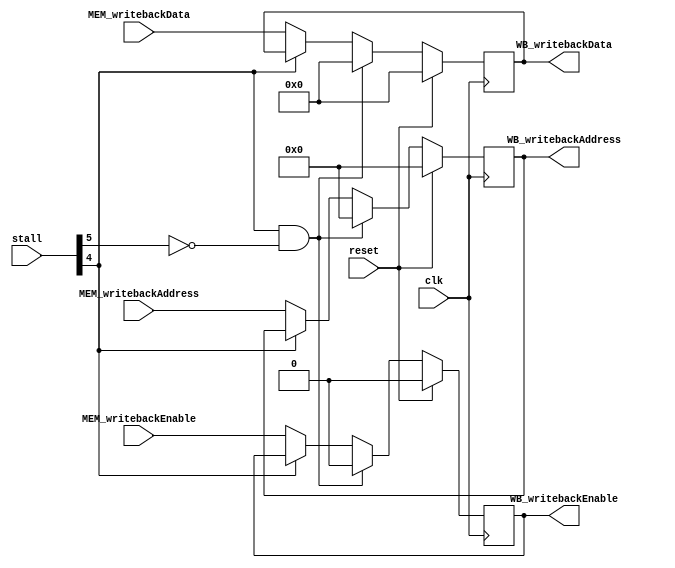
/*
    The register between MEM stage and WB stage
*/
module MEM_WB (
    // ------ Input ------
    input wire reset,
    input wire clk,
    input wire MEM_writebackEnable,         // write back signal
    input wire[4:0] MEM_writebackAddress,   // write back address
    input wire[31:0] MEM_writebackData,     // write back data
    input wire[5:0] stall,                  // stall status
    // ------ Output ------
    output reg WB_writebackEnable,          // write back signal 
    output reg[4:0] WB_writebackAddress,    // write back address
    output reg[31:0] WB_writebackData       // write back data
);

    always @(posedge clk) begin
        if(reset == 1) begin
            WB_writebackEnable <= 0;
            WB_writebackAddress <= 5'b00000;
            WB_writebackData <= 32'h0000_0000;
        end else begin
            // stall case
            if(stall[4] == 1 && stall[5] == 0) begin
                WB_writebackEnable <= 0;
                WB_writebackAddress <= 5'b00000;
                WB_writebackData <= 32'h0000_0000;
            // default case
            end else if(stall[4] == 0) begin
                WB_writebackEnable <= MEM_writebackEnable;
                WB_writebackAddress <= MEM_writebackAddress;
                WB_writebackData <= MEM_writebackData;
            end
        end
    end
endmodule